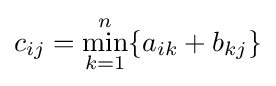
c_{ij}=\min _{k=1}^{n}\{a_{ik}+b_{kj}\}